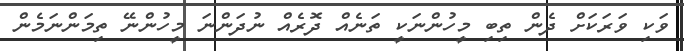
ވަކި ވަރަކަށް ދެން ތިބި މީހުންނަކީ ތަނެއް ދޮރެއް ނުދަންނަ މީހުންނޭ ތިމަންނަމެން